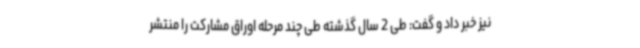
نیز خبر داد و گفت: طی 2 سال گذشته طی چند مرحله اوراق مشارکت را منتشر